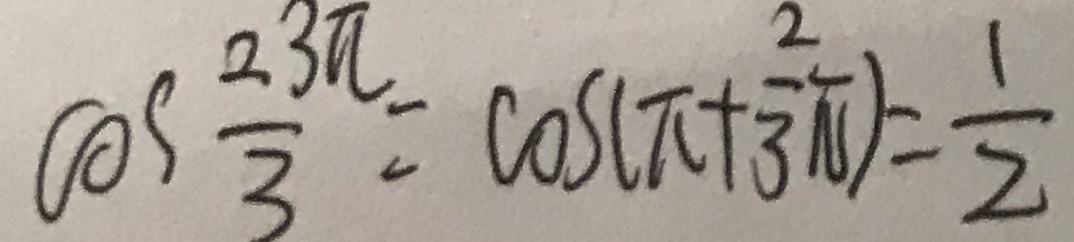
\cos \frac { 2 3 \pi } { 3 } = \cos ( \pi + \frac { 2 } { 3 } \pi ) = \frac { 1 } { 2 }